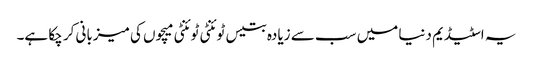
یہ اسٹیڈیم دنیا میں سب سے زیادہ بتیس ٹوئنٹی ٹوئنٹی میچوں کی میزبانی کر چکا ہے۔